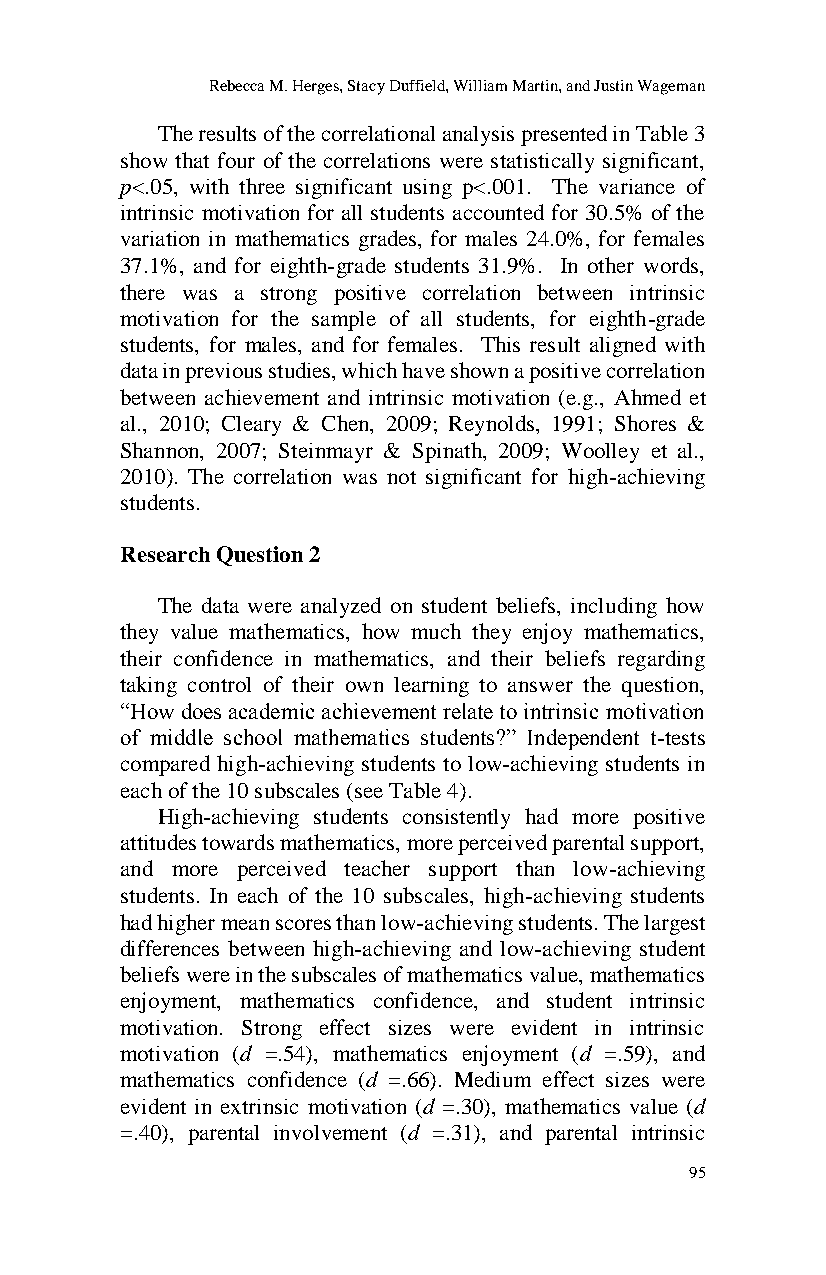
Rebecca M. Herges, Stacy Duffield, William Martin, and Justin Wageman
 The results of the correlational analysis presented in Table 3
 show that four of the correlations were statistically significant,
 p<.05, with three significant using p<.001. The variance of
 intrinsic motivation for all students accounted for 30.5% of the
 variation in mathematics grades, for males 24.0%, for females
 37.1%, and for eighth-grade students 31.9%. In other words,
 there was a strong positive correlation between intrinsic
 motivation for the sample of all students, for eighth-grade
 students, for males, and for females. This result aligned with
 data in previous studies, which have shown a positive correlation
 between achievement and intrinsic motivation (e.g., Ahmed et
 al., 2010; Cleary & Chen, 2009; Reynolds, 1991; Shores &
 Shannon, 2007; Steinmayr & Spinath, 2009; Woolley et al.,
 2010). The correlation was not significant for high-achieving
 students.
 Research Question 2
 The data were analyzed on student beliefs, including how
 they value mathematics, how much they enjoy mathematics,
 their confidence in mathematics, and their beliefs regarding
 taking control of their own learning to answer the question,
 “How does academic achievement relate to intrinsic motivation
 of middle school mathematics students?” Independent t-tests
 compared high-achieving students to low-achieving students in
 each of the 10 subscales (see Table 4).
 High-achieving students consistently had more positive
 attitudes towards mathematics, more perceived parental support,
 and more perceived teacher support than low-achieving
 students. In each of the 10 subscales, high-achieving students
 had higher mean scores than low-achieving students. The largest
 differences between high-achieving and low-achieving student
 beliefs were in the subscales of mathematics value, mathematics
 enjoyment, mathematics confidence, and student intrinsic
 motivation. Strong effect sizes were evident in intrinsic
 motivation (d =.54), mathematics enjoyment (d =.59), and
 mathematics confidence (d =.66). Medium effect sizes were
 evident in extrinsic motivation (d =.30), mathematics value (d
 =.40), parental involvement (d =.31), and parental intrinsic
 95